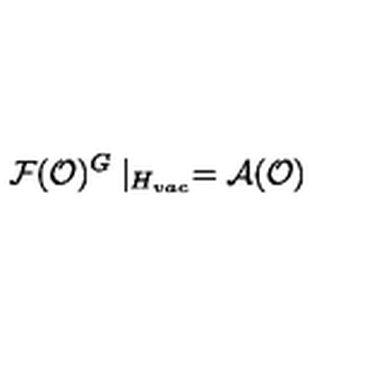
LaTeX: \mathcal { F } ( \mathcal { O } ) ^ { G } \mid _ { H _ { v a c } } = \mathcal { A ( O ) }